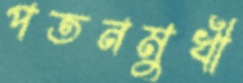
পতনমুখী